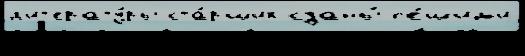
л'ит'ерату́ры ста́рших сданы́ п'е́шим'и